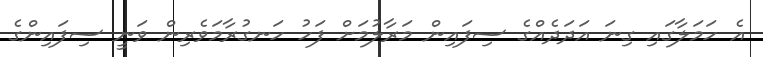
އެ ހަމަލާގައި ގިނަ އަދަދެއްގެ ސިފައިން މަރާލުމަށް ފަހު ހަނގުރާމަވެރިން ވަނީ ސިފައިންގެ